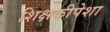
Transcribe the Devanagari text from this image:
शिक्षकीपेशा